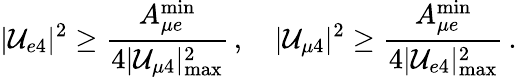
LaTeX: |\mathcal{U}_{e4}|^{2}\geq\frac{{A_{{\mu}e}^{\mathrm{{min}}}}}{{4|\mathcal{U}_{\mu4}|_{\mathrm{{max}}}^{2}}}\, ,\quad|\mathcal{U}_{\mu4}|^{2}\geq\frac{{A_{{\mu}e}^{\mathrm{{min}}}}}{{4|\mathcal{U}_{e4}|_{\mathrm{{max}}}^{2}}}\, .